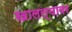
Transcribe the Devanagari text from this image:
खालल्यावर